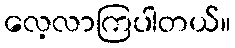
လေ့လာကြပါတယ်။